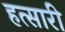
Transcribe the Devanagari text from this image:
हत्सारी